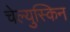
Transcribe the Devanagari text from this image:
चेल्युस्किन